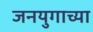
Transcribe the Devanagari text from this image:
जनयुगाच्या